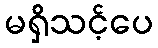
မရှိသင့်ပေ